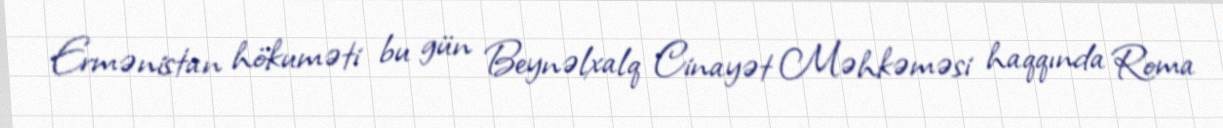
Ermənistan hökuməti bu gün Beynəlxalq Cinayət Məhkəməsi haqqında Roma